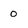
Character: 0